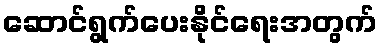
ဆောင်ရွက်ပေးနိုင်ရေးအတွက်